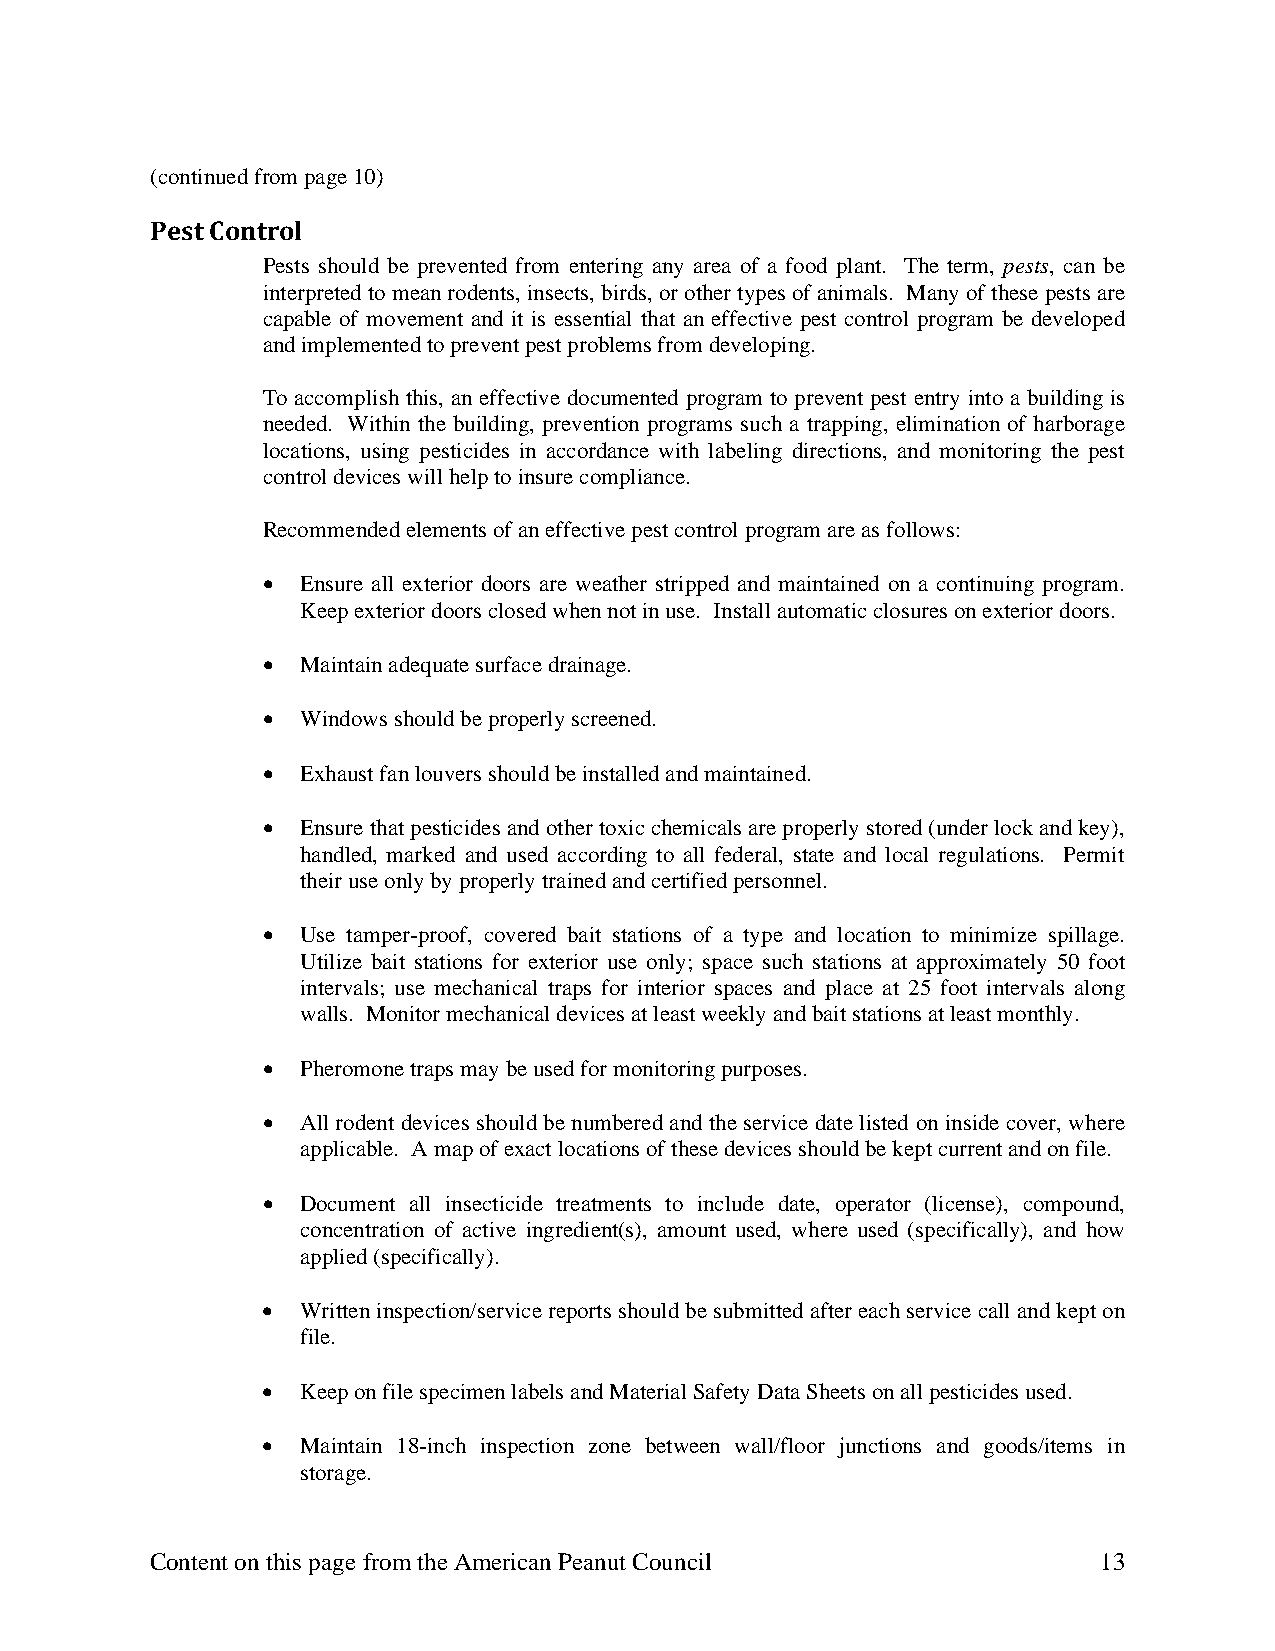
(continued from page 10)
 Pest Control
 Pests should be prevented from entering any area of a food plant. The term, pests, can be
 interpreted to mean rodents, insects, birds, or other types of animals. Many of these pests are
 capable of movement and it is essential that an effective pest control program be developed
 and implemented to prevent pest problems from developing.
 To accomplish this, an effective documented program to prevent pest entry into a building is
 needed. Within the building, prevention programs such a trapping, elimination of harborage
 locations, using pesticides in accordance with labeling directions, and monitoring the pest
 control devices will help to insure compliance.
 Recommended elements of an effective pest control program are as follows:
 •  Ensure all exterior doors are weather stripped and maintained on a continuing program.
 Keep exterior doors closed when not in use. Install automatic closures on exterior doors.
 •  Maintain adequate surface drainage.
 •  Windows should be properly screened.
 •  Exhaust fan louvers should be installed and maintained.
 •  Ensure that pesticides and other toxic chemicals are properly stored (under lock and key),
 handled, marked and used according to all federal, state and local regulations. Permit
 their use only by properly trained and certified personnel.
 •  Use tamper-proof, covered bait stations of a type and location to minimize spillage.
 Utilize bait stations for exterior use only; space such stations at approximately 50 foot
 intervals; use mechanical traps for interior spaces and place at 25 foot intervals along
 walls. Monitor mechanical devices at least weekly and bait stations at least monthly.
 •  Pheromone traps may be used for monitoring purposes.
 •  All rodent devices should be numbered and the service date listed on inside cover, where
 applicable. A map of exact locations of these devices should be kept current and on file.
 •  Document all insecticide treatments to include date, operator (license), compound,
 concentration of active ingredient(s), amount used, where used (specifically), and how
 applied (specifically).
 •  Written inspection/service reports should be submitted after each service call and kept on
 file.
 •  Keep on file specimen labels and Material Safety Data Sheets on all pesticides used.
 •  Maintain 18-inch inspection zone between wall/floor junctions and goods/items in
 storage.
 Content on this page from the American Peanut Council          13